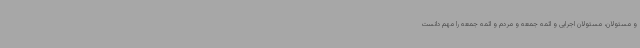
و مسئولان، مسئولان اجرایی و ائمه جمعه و مردم و ائمه جمعه را مهم دانست